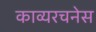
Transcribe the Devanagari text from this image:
काव्यरचनेस